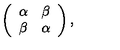
\left( \begin{array} { c c } { \alpha } & { \beta } \\ { \beta } & { \alpha } \\ \end{array} \right) ,